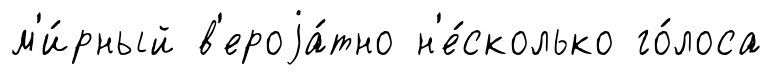
м'и́рный в'ероjа́тно н'е́сколько го́лоса